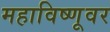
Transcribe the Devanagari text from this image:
महाविष्णूवर